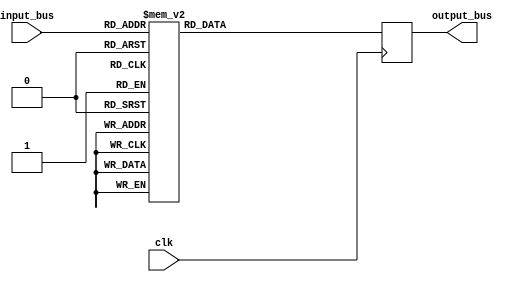
`timescale 1ns / 1ps
//////////////////////////////////////////////////////////////////////////////////
// Company: 
// 
// Design Name: 
// Module Name:    StateActionTable 
// Project Name: 
// Target Devices: 
// Tool versions: 
// Description: 
//
// Dependencies: 
//
// Revision: 
// Revision 0.01 - File Created
// Additional Comments: 
//
//////////////////////////////////////////////////////////////////////////////////
module StateActionTable(
    input wire clk,


	 input wire [3:0] input_bus,
	 output reg [3:0] output_bus

	 
    );
	 //input_bus[0]  q1
	 //input_bus[1]  q0
	 //input_bus[2]  B
	 //input_bus[3]  A
	 
	 //result[0] Q1
	 //result[1] Q0
	 //result[2] ClkEnable
	 //result[3] Dir
	 
	 
	 //wire [3:0] input_bus;
	 //input_bus={A, B, q0, q1}; //
	 
	 always @(posedge clk) 
	 begin 
	  case (input_bus)
      4'd0: output_bus  <= 4'b0000;
      4'd1: output_bus  <= 4'b0100;
      4'd2: output_bus  <= 4'b1100;
      4'd3: output_bus  <= 4'b0011;
      4'd4: output_bus  <= 4'b1101;
      4'd5: output_bus  <= 4'b0001;
      4'd6: output_bus  <= 4'b0010;
      4'd7: output_bus  <= 4'b0101;
      4'd8: output_bus  <= 4'b0110;
      4'd9: output_bus  <= 4'b0001;
	  4'd10: output_bus <= 4'b0010;
	  4'd11: output_bus <= 4'b1110;
	  4'd12: output_bus <= 4'b0000;
	  4'd13: output_bus <= 4'b1111;
	  4'd14: output_bus <= 4'b0111;
	  4'd15: output_bus <= 4'b0011;
     endcase
	 end	 
endmodule